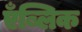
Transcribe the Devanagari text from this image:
एँब्लिक